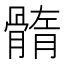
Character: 䯝